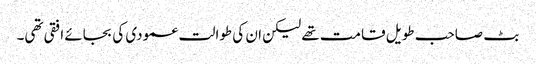
بٹ صاحب طویل قامت تھے لیکن ان کی طوالت عمودی کی بجائے افقی تھی۔